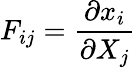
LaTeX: F_{ij}=\frac{\partial x_{i}}{\partial X_{j}}